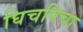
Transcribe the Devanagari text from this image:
घिचपिचा